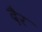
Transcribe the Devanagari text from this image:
दैर